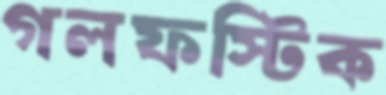
গলফস্টিক